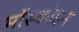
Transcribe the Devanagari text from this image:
मॉस्कोइन